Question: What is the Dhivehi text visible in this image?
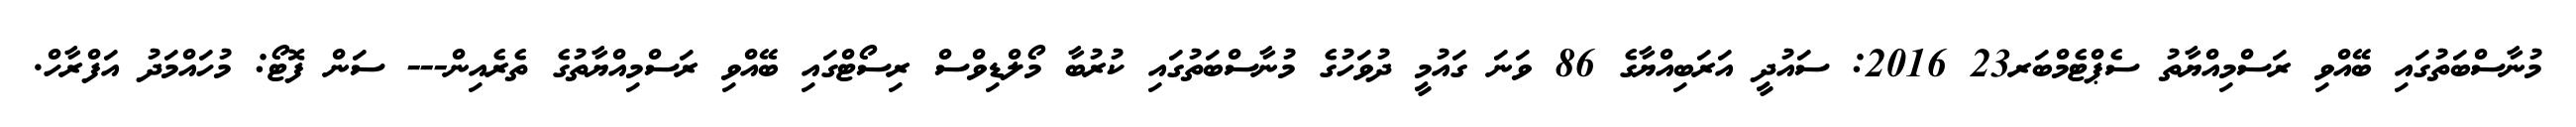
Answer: މުނާސްބަތުގައި ބޭއްވި ރަސްމިއްޔާތު ސެޕްޓެމްބަރ23 2016: ސައުދީ އަރަބިއްޔާގެ 86 ވަނަ ގައުމީ ދުވަހުގެ މުނާސްބަތުގައި ކުރުބާ މޯލްޑިވްސް ރިސޯޓްގައި ބޭއްވި ރަސްމިއްޔާތުގެ ތެރެއިން--- ސަން ފޮޓޯ: މުހައްމަދު އަފްރާހް.